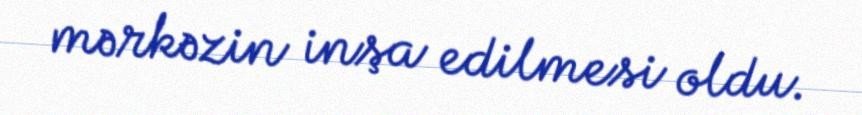
mərkəzin inşa edilmesi oldu.